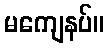
မကျေနပ်။